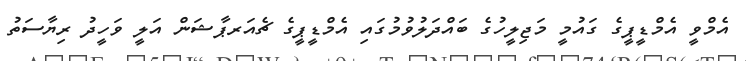
އެމްވީ އެމްޑީޕީގެ ގައުމީ މަޖިލީހުގެ ބައްދަލުވުމުގައި އެމްޑީޕީގެ ޗެއަރޕާޝަން އަލީ ވަހީދު ރިޔާސަތު